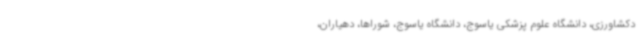
دکشاورزی، دانشگاه علوم پزشکی یاسوج، دانشگاه یاسوج، شوراها، دهیاران،